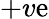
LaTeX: +v\mathrm{e}